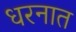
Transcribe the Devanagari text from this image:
धरनात